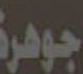
جوهرة